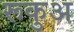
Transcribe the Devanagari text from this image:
रूकुअ